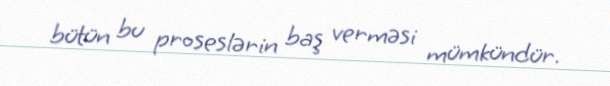
bütün bu proseslərin baş verməsi mümkündür.